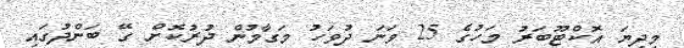
މިދިޔަ އޮކްޓޫބަރު މަހުގެ 25 ވަނަ ދުވަހު މަގާމުން ދުރުކޮށް ގޭ ބަންދުގައި